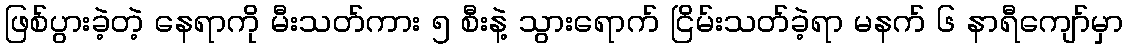
ဖြစ်ပွားခဲ့တဲ့ နေရာကို မီးသတ်ကား ၅ စီးနဲ့ သွားရောက် ငြိမ်းသတ်ခဲ့ရာ မနက် ၆ နာရီကျော်မှာ